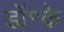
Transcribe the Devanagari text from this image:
डॉ॰के